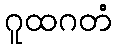
ဂူထဂတံ